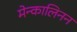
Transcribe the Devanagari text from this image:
मेन्कालिनन